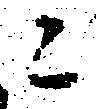
ニ